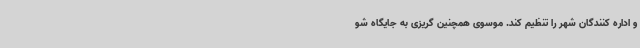
و اداره کنندگان شهر را تنظیم کند. موسوی همچنین گریزی به جایگاه شو